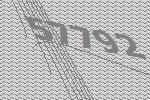
57792